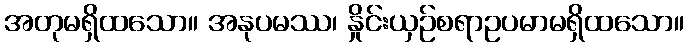
အတုမရှိထသော။ အနုပမဿ၊ နှိုင်းယှဉ်စရာဥပမာမရှိထသော။